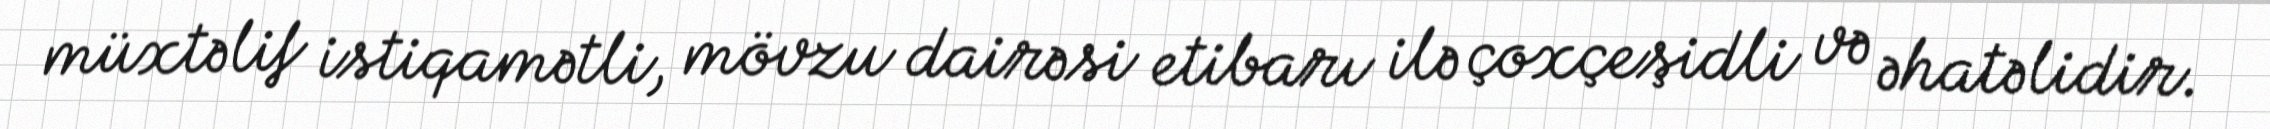
müxtəlif istiqamətli, mövzu dairəsi etibarı ilə çoxçeşidli və əhatəlidir.